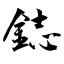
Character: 鋕